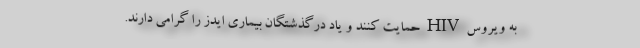
به ویروس HIV حمایت کنند و یاد درگذشتگان بیماری ایدز را گرامی دارند.